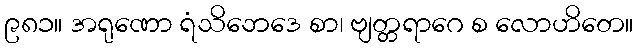
၉၈၁။ အရုဏော ရံသိဘေဒေ စာ၊ ဗျတ္တရာဂေ စ လောဟိတေ။